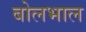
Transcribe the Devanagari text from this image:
बोलभाल